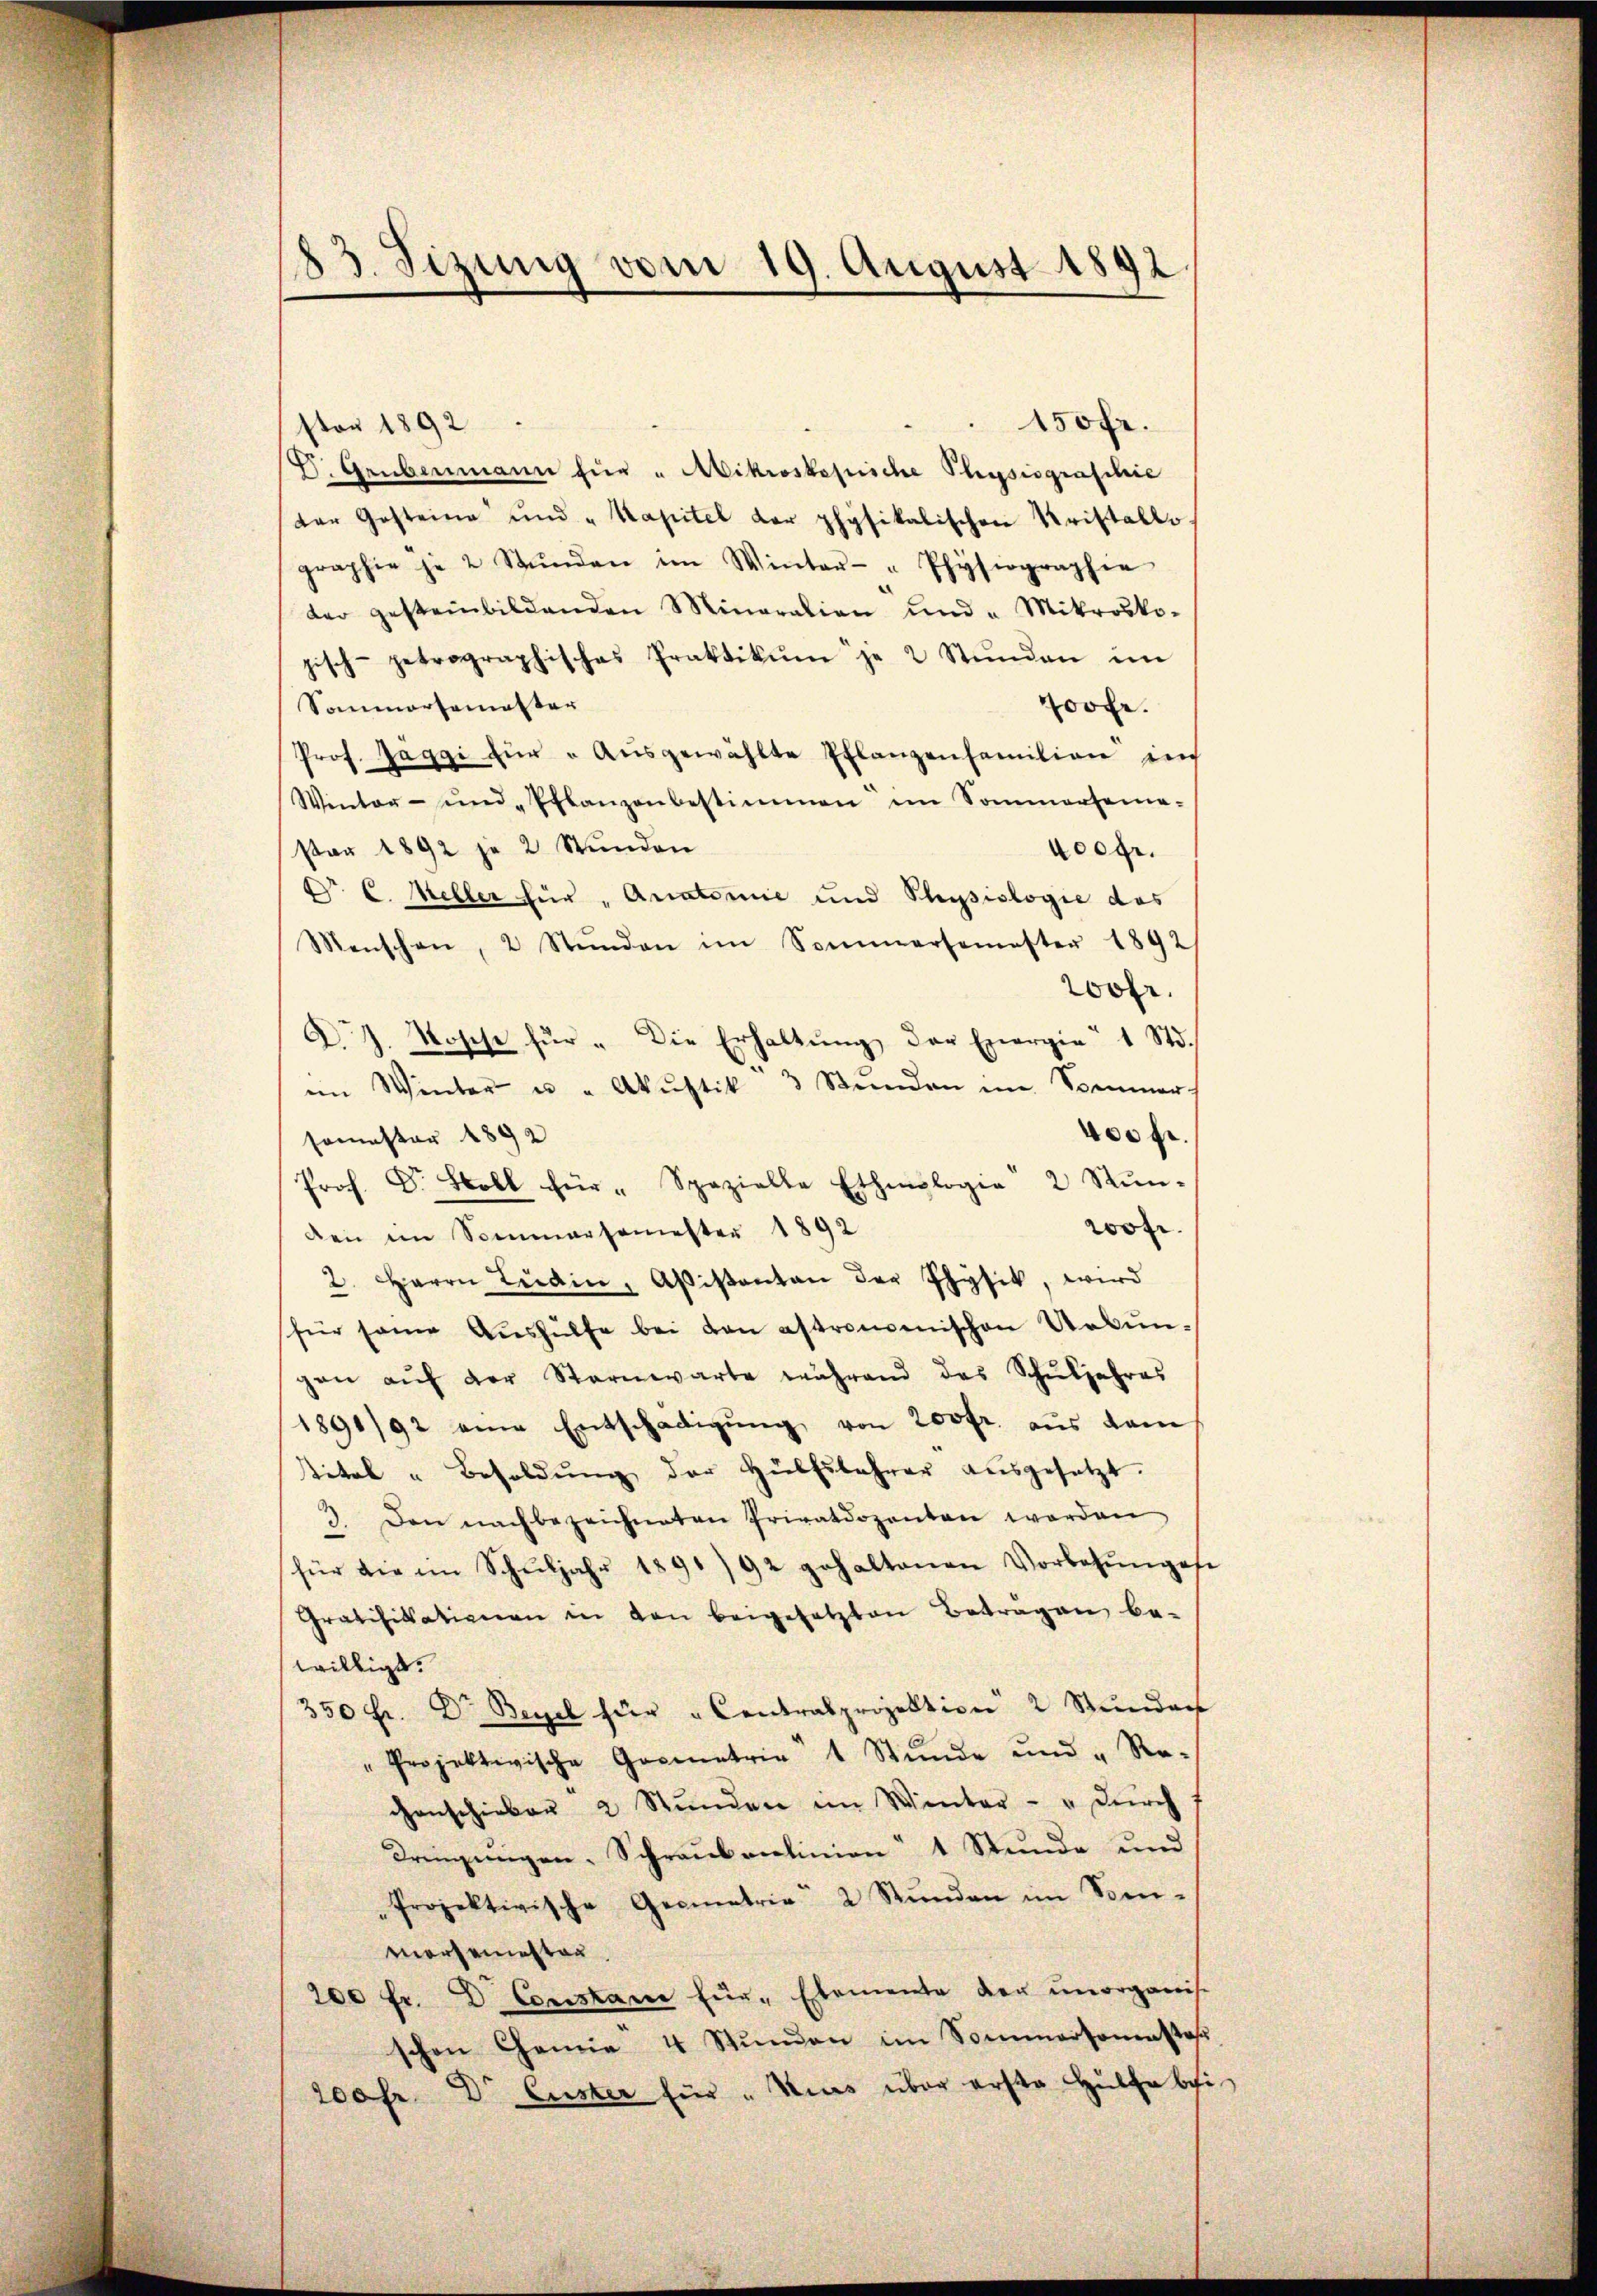
83. Sizung vom 19. August 1892.

150fr.
stor 1892
D. Grübermann für " Mikroskopiche Physiograschie
der Gesteine und "Kapitel der physikalischen Kristallo.
graphie je 2 Stŭnden im Winter- Physiographie
der gesteinbildenden Minaration ŭnd " Mikrosko-
gisch-petrographisches Praktikum je 2 Stŭnden im
Sommersemester
Joofe.
Prof. Jäggi für "Ausgewählte Pflanzenfamilien in
Winter- und „Pflanzenbestimmen im Sommerseme-
sar 1892 je 2 Stŭnden
400fr.
Dr E. Meller für „Aratorie und Physiologie das
Menschen, 2 Stŭnden im Sommersemester 1892/
20fr.
A. J. Rosche für " Die Erhaltŭng der Energie 1 Std.
im Winter u. " Akŭstik 3 Stunden im Sommer
400 fl.
somester 1892
Prof. Dr. Soll für " Spazielle Etheologie 2 Rŭn-
wor
den im Sommersemester 1892
2. Herrn Ladin, Afisanten der Physik, wird
für seine Aŭshülfe bei von astromenischen Uebungen aŭf der Sternwarte während das Schŭljahres
1891/92 eine Entschädigŭng von 200 fr. aus dam
Vital "Besoldŭng der Hülfslehrer aŭsgesetzt.
3. Den nachbezeichneten Privatdozenten worden
für die im Schŭljahr 1891/92 gehaltenen Vorbehŭnges.
Gratifikationen in den beigesetzten Betragen be-
willigt.
350 Fr. Dr Begel für " Contralprojektion 2 Stŭndar
" Projektivische Gocentrie 1 Stŭnde und "Re-
chenschieber 2 Stŭnden im Winter - " durch
Dringungen, Schraubenlinien 1 Stunde und
Projektivische Geometrie 2 Stŭnden im Som-
morsamstag
200 fr. Dr. Constam für Elemente der unorganis
schen Chemie 4 Stŭnden im Sommersonastas
200fr. Dr. Custer für " Mias über erste Hülfe bei